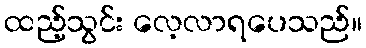
ထည့်သွင်း လေ့လာရပေသည်။